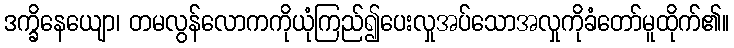
ဒက္ခိနေယျော၊ တမလွန်လောကကိုယုံကြည်၍ပေးလှုအပ်သောအလှုကိုခံတော်မူထိုက်၏။